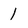
Character: 1